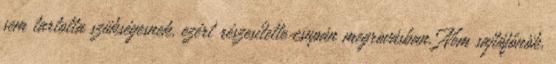
sem tartotta szükségesnek, ezért részesítette csupán megrovásban. Nem sajtófőnök,